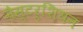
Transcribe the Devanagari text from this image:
नैस्टर्शियन